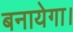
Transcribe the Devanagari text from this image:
बनायेगा।